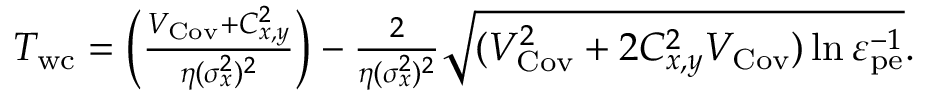
\begin{array} { r l } & { T _ { \mathrm { w c } } = \left( \frac { V _ { \mathrm { C o v } } + C _ { x , y } ^ { 2 } } { \eta ( \sigma _ { x } ^ { 2 } ) ^ { 2 } } \right) - \frac { 2 } { \eta ( \sigma _ { x } ^ { 2 } ) ^ { 2 } } \sqrt { ( V _ { \mathrm { C o v } } ^ { 2 } + 2 C _ { x , y } ^ { 2 } V _ { \mathrm { C o v } } ) \ln \varepsilon _ { \mathrm { p e } } ^ { - 1 } } . } \end{array}